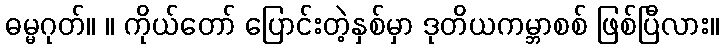
ဓမ္မဂုတ်။ ။ ကိုယ်တော် ပြောင်းတဲ့နှစ်မှာ ဒုတိယကမ္ဘာစစ် ဖြစ်ပြီလား။